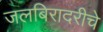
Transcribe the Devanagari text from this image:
जलबिरादरीचे